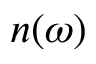
n ( \omega )